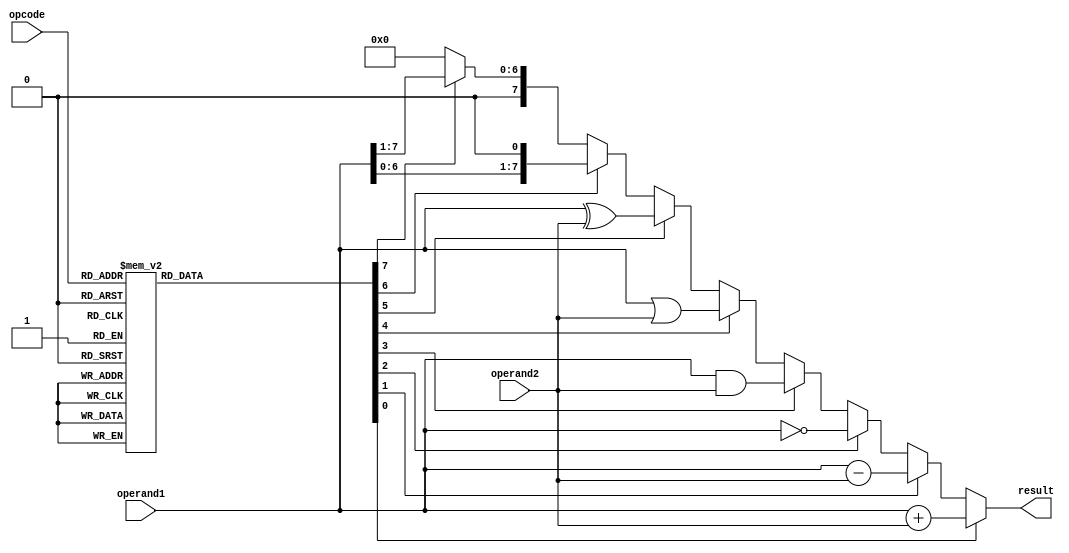
module alu (
  input  [2:0] opcode,
  input  [7:0] operand1,
  input  [7:0] operand2,
  output reg [7:0] result
);

  // 3-to-8 decoder
  reg [7:0] decoder_out;
  always @(*) begin
    case (opcode)
      3'b000: decoder_out = 8'b00000001; // add
      3'b001: decoder_out = 8'b00000010; // sub
      3'b010: decoder_out = 8'b00000100; // not
      3'b011: decoder_out = 8'b00001000; // and
      3'b100: decoder_out = 8'b00010000; // or
      3'b101: decoder_out = 8'b00100000; // xor
      3'b110: decoder_out = 8'b01000000; // shift left
      3'b111: decoder_out = 8'b10000000; // shift right
      default: decoder_out = 8'b00000000; 
    endcase
  end

  // ALU operation selection and execution
  always @(*) begin
    case (1'b1)
      decoder_out[0]: result = operand1 + operand2;    // add
      decoder_out[1]: result = operand1 - operand2;    // sub
      decoder_out[2]: result = ~operand1;            // not
      decoder_out[3]: result = operand1 & operand2;    // and
      decoder_out[4]: result = operand1 | operand2;    // or
      decoder_out[5]: result = operand1 ^ operand2;    // xor
      decoder_out[6]: result = operand1 << 1;        // shift left
      decoder_out[7]: result = operand1 >> 1;        // shift right
      default: result = 8'b00000000;
    endcase
  end

endmodule